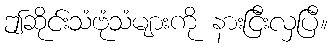
ဤဆိုင်းသံဗုံသံများကို နားငြီးလှပြီ။